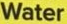
Water